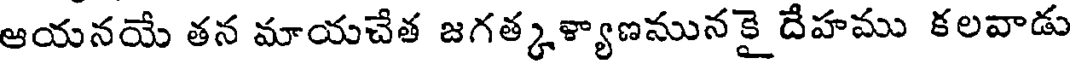
ఆయనయే తన మాయచేత జగత్కళ్యాణమునకై దేహము కలవాడు